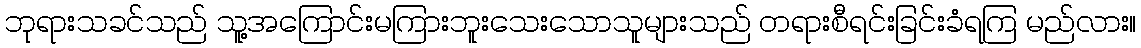
ဘုရားသခင်သည် သူ့အကြောင်းမကြားဘူးသေးသောသူများသည် တရားစီရင်းခြင်းခံရကြ မည်လား။